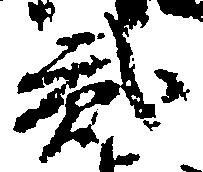
弐